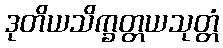
ဒုတိယသိက္ခတ္တယသုတ္တံ